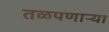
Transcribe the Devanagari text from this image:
तळपणाऱ्या